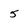
Character: 5